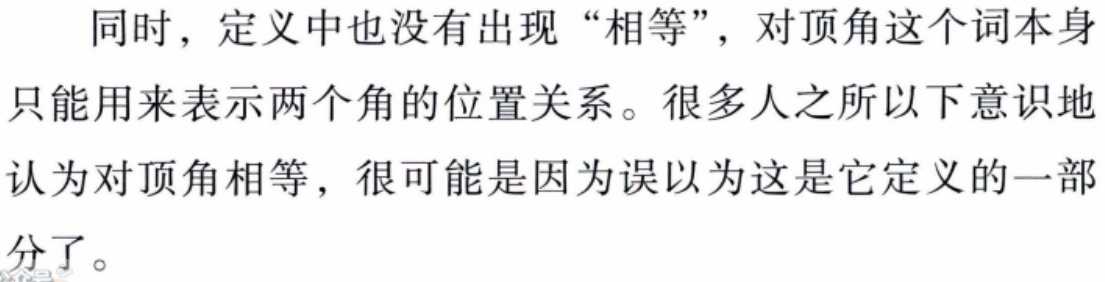
同时，定义中也没有出现“相等”，对顶角这个词本身只能用来表示两个角的位置关系。很多人之所以下意识地认为对顶角相等，很可能是因为误以为这是它定义的一部分了。